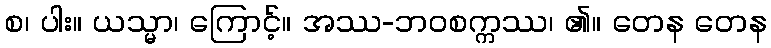
စ၊ ပါး။ ယသ္မာ၊ ကြောင့်။ အဿ-ဘဝစက္ကဿ၊ ၏။ တေန တေန